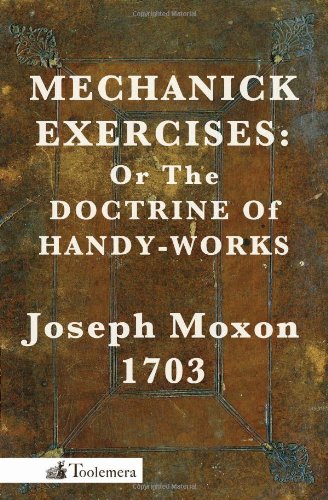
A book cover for Mechanick Exercises: Or the Doctrine of Handy-Works; Joseph Moxon; Arts & Photography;